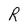
Character: R